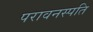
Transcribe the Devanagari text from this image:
परावनस्पति